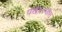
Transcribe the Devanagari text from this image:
पखालचीस